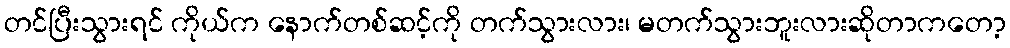
တင်ပြီးသွားရင် ကိုယ်က နောက်တစ်ဆင့်ကို တက်သွားလား၊ မတက်သွားဘူးလားဆိုတာကတော့